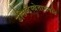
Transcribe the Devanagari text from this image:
उत्तिष्ठँस्त्रेताभवति